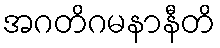
အဂတိဂမနာနီတိ